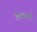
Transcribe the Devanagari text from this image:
किड्याचे